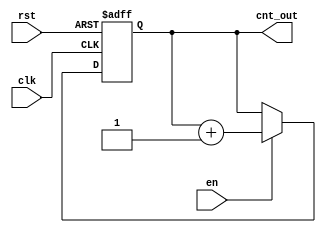
`timescale 1ns / 1ps
//////////////////////////////////////////////////////////////////////////////////
// Company: 
// Engineer: 
// 
// Design Name: 
// Module Name: read_counter
// Project Name: 
// Target Devices: 
// Tool Versions: 
// Description: 
// 
// Dependencies: 
// 
// Revision:
// Revision 0.01 - File Created
// Additional Comments:
// 
//////////////////////////////////////////////////////////////////////////////////


module read_counter#(parameter fwft = 1,parameter K = 4)(

    input clk,rst,en,
    output reg [K-1:0] cnt_out

    );
    
    always @(posedge clk,posedge rst) begin 

        if (rst) 
            cnt_out <= 0;
        else if(en) 
            cnt_out <= cnt_out + 1;
        else
            cnt_out <= cnt_out;
        
        end

endmodule